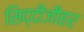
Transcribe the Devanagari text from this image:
सिद्दीजौहर